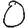
Digit: 0